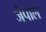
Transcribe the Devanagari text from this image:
जेपाल